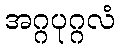
အဂ္ဂပုဂ္ဂလံ